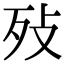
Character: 𣧏